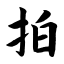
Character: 拍